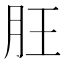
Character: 䏕